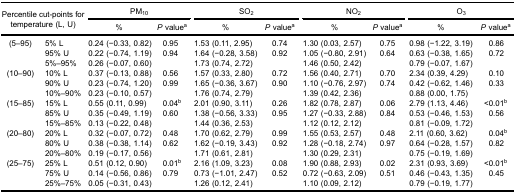
<table><thead><tr><td rowspan="5" colspan="2"><b>Percentile cut-points fortemperature (L, U)</b></td><td colspan="2"><b>PM<sub>10</sub></b></td><td colspan="2"><b>SO<sub>2</sub></b></td><td colspan="2"><b>NO<sub>2</sub></b></td><td colspan="2"><b>O<sub>3</sub></b></td></tr><tr><td><b>%</b></td><td><b><i>P</i> value<sup>a</sup></b></td><td><b>%</b></td><td><b><i>P</i> value<sup>a</sup></b></td><td><b>%</b></td><td><b><i>P</i> value<sup>a</sup></b></td><td><b>%</b></td><td><b><i>P</i> value<sup>a</sup></b></td></tr></thead><tbody><tr><td rowspan="3">(5–95)</td><td>5% L</td><td>0.24 (−0.33, 0.82)</td><td>0.95</td><td>1.53 (0.11, 2.95)</td><td>0.74</td><td>1.30 (0.03, 2.57)</td><td>0.75</td><td>0.98 (−1.22, 3.19)</td><td>0.86</td></tr><tr><td>95% U</td><td>0.22 (−0.74, 1.19)</td><td>0.94</td><td>1.64 (−0.28, 3.58)</td><td>0.92</td><td>1.05 (−0.80, 2.91)</td><td>0.64</td><td>0.63 (−0.38, 1.65)</td><td>0.72</td></tr><tr><td>5%–95%</td><td>0.26 (−0.07, 0.60)</td><td> </td><td>1.73 (0.74, 2.72)</td><td> </td><td>1.46 (0.50, 2.42)</td><td> </td><td>0.79 (−0.07, 1.67)</td><td> </td></tr><tr><td rowspan="3">(10–90)</td><td>10% L</td><td>0.37 (−0.13, 0.88)</td><td>0.56</td><td>1.57 (0.33, 2.80)</td><td>0.72</td><td>1.56 (0.40, 2.71)</td><td>0.70</td><td>2.34 (0.39, 4.29)</td><td>0.10</td></tr><tr><td>90% U</td><td>0.23 (−0.74, 1.20)</td><td>0.99</td><td>1.65 (−0.36, 3.67)</td><td>0.90</td><td>1.10 (−0.76, 2.97)</td><td>0.74</td><td>0.42 (−0.62, 1.46)</td><td>0.33</td></tr><tr><td>10%–90%</td><td>0.23 (−0.10, 0.57)</td><td> </td><td>1.76 (0.74, 2.79)</td><td> </td><td>1.39 (0.42, 2.36)</td><td> </td><td>0.88 (0.00, 1.75)</td><td> </td></tr><tr><td rowspan="3">(15–85)</td><td>15% L</td><td>0.55 (0.11, 0.99)</td><td>0.04<sup>b</sup></td><td>2.01 (0.90, 3.11)</td><td>0.26</td><td>1.82 (0.78, 2.87)</td><td>0.06</td><td>2.79 (1.13, 4.46)</td><td>&lt;0.01<sup>b</sup></td></tr><tr><td>85% U</td><td>0.35 (−0.49, 1.19)</td><td>0.60</td><td>1.38 (−0.56, 3.33)</td><td>0.95</td><td>1.27 (−0.33, 2.88)</td><td>0.84</td><td>0.53 (−0.46, 1.53)</td><td>0.56</td></tr><tr><td>15%–85%</td><td>0.13 (−0.22, 0.48)</td><td> </td><td>1.44 (0.36, 2.53)</td><td> </td><td>1.12 (0.12, 2.12)</td><td> </td><td>0.81 (−0.09, 1.72)</td><td> </td></tr><tr><td rowspan="3">(20–80)</td><td>20% L</td><td>0.32 (−0.07, 0.72)</td><td>0.48</td><td>1.70 (0.62, 2.79)</td><td>0.99</td><td>1.55 (0.53, 2.57)</td><td>0.48</td><td>2.11 (0.60, 3.62)</td><td>0.04<sup>b</sup></td></tr><tr><td>80% U</td><td>0.38 (−0.38, 1.14)</td><td>0.62</td><td>1.62 (−0.19, 3.43)</td><td>0.92</td><td>1.28 (−0.18, 2.74)</td><td>0.97</td><td>0.64 (−0.28, 1.57)</td><td>0.82</td></tr><tr><td>20%–80%</td><td>0.19 (−0.17, 0.56)</td><td> </td><td>1.71 (0.61, 2.81)</td><td> </td><td>1.30 (0.29, 2.31)</td><td> </td><td>0.75 (−0.19, 1.69)</td><td> </td></tr><tr><td rowspan="3">(25–75)</td><td>25% L</td><td>0.51 (0.12, 0.90)</td><td>0.01<sup>b</sup></td><td>2.16 (1.09, 3.23)</td><td>0.08</td><td>1.90 (0.88, 2.93)</td><td>0.02</td><td>2.31 (0.93, 3.69)</td><td>&lt;0.01<sup>b</sup></td></tr><tr><td>75% U</td><td>0.14 (−0.56, 0.86)</td><td>0.79</td><td>0.73 (−1.01, 2.47)</td><td>0.52</td><td>0.72 (−0.63, 2.09)</td><td>0.51</td><td>0.46 (−0.43, 1.35)</td><td>0.45</td></tr><tr><td>25%–75%</td><td>0.05 (−0.31, 0.43)</td><td> </td><td>1.26 (0.12, 2.41)</td><td> </td><td>1.10 (0.09, 2.12)</td><td> </td><td>0.79 (−0.19, 1.77)</td><td> </td></tr></tbody></table>